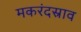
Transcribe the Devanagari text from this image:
मकरंदस्राव